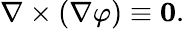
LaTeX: \nabla\times(\nabla\varphi)\equiv\mathbf{0}.